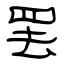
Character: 罢